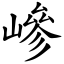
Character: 㠁